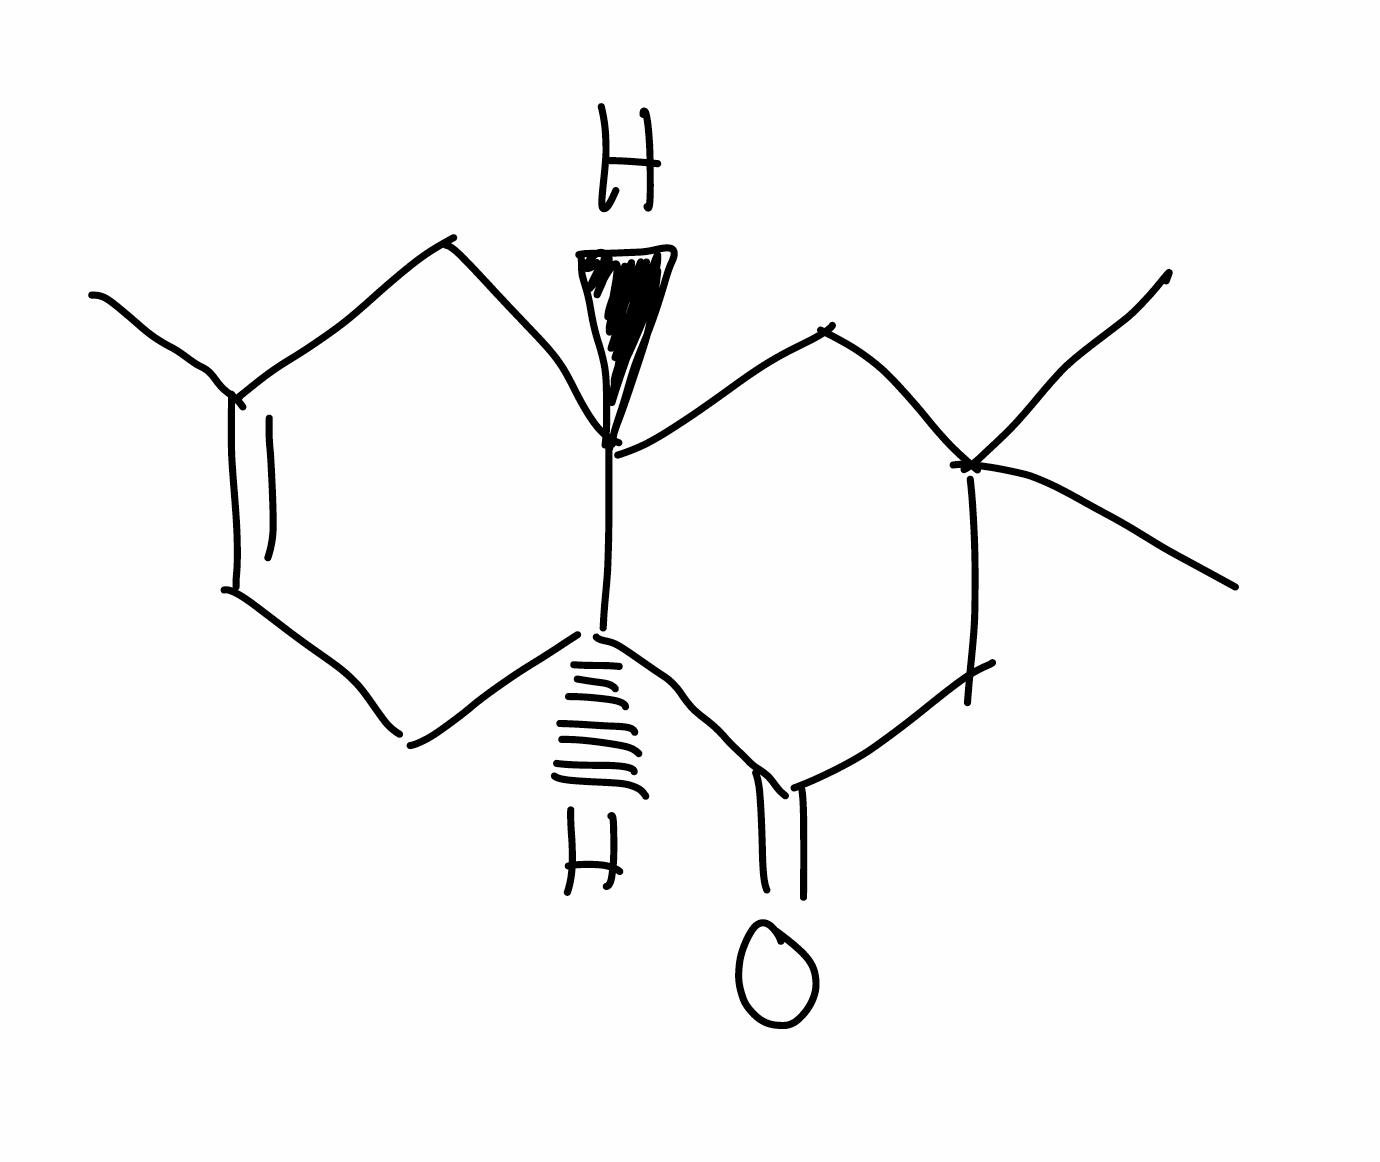
Simplified molecular-input line-entry system (SMILES) notation of the given molecule:
CC1=CC[C@H]2[C@H](C1)CC(CC2=O)(C)C